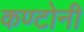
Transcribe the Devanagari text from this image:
कण्टोनी